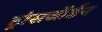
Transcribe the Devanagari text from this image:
ट्रांसजॉर्डन